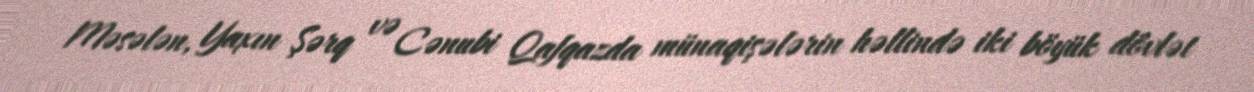
Məsələn, Yaxın Şərq və Cənubi Qafqazda münaqişələrin həllində iki böyük dövlət